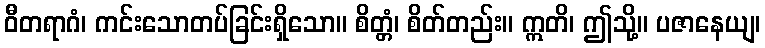
ဝီတရာဂံ၊ ကင်းသောတပ်ခြင်းရှိသော။ စိတ္တံ၊ စိတ်တည်း။ ဣတိ၊ ဤသို့။ ပဇာနေယျ၊